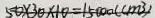
5 0 \times 3 0 \times 1 0 = 1 5 0 0 0 ( c m ^ { 3 } )